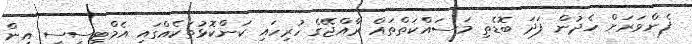
ފެންވަރަށް ހެދުން ފަދަ ބޮޑެތި މަސައްކަތްތައް ރާއްޖޭގެ ހުރިހައި ކަންކޮޅުތަކެއްގައި އެމްޓީސީސީ އިން